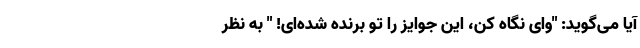
آیا می‌گوید: "وای نگاه کن، این جوایز را تو برنده شده‌ای! " به نظر